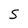
Character: S